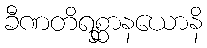
ခီဏတိရစ္ဆာနယောနိ